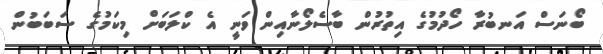
ބޯނަސް އަނބުރާ ހޯދުމުގެ އިތުރުން ބާސެލޯނާއިން ވަނީ އެ ކްލަބަށް މިކަމުގެ ސަބަބުން